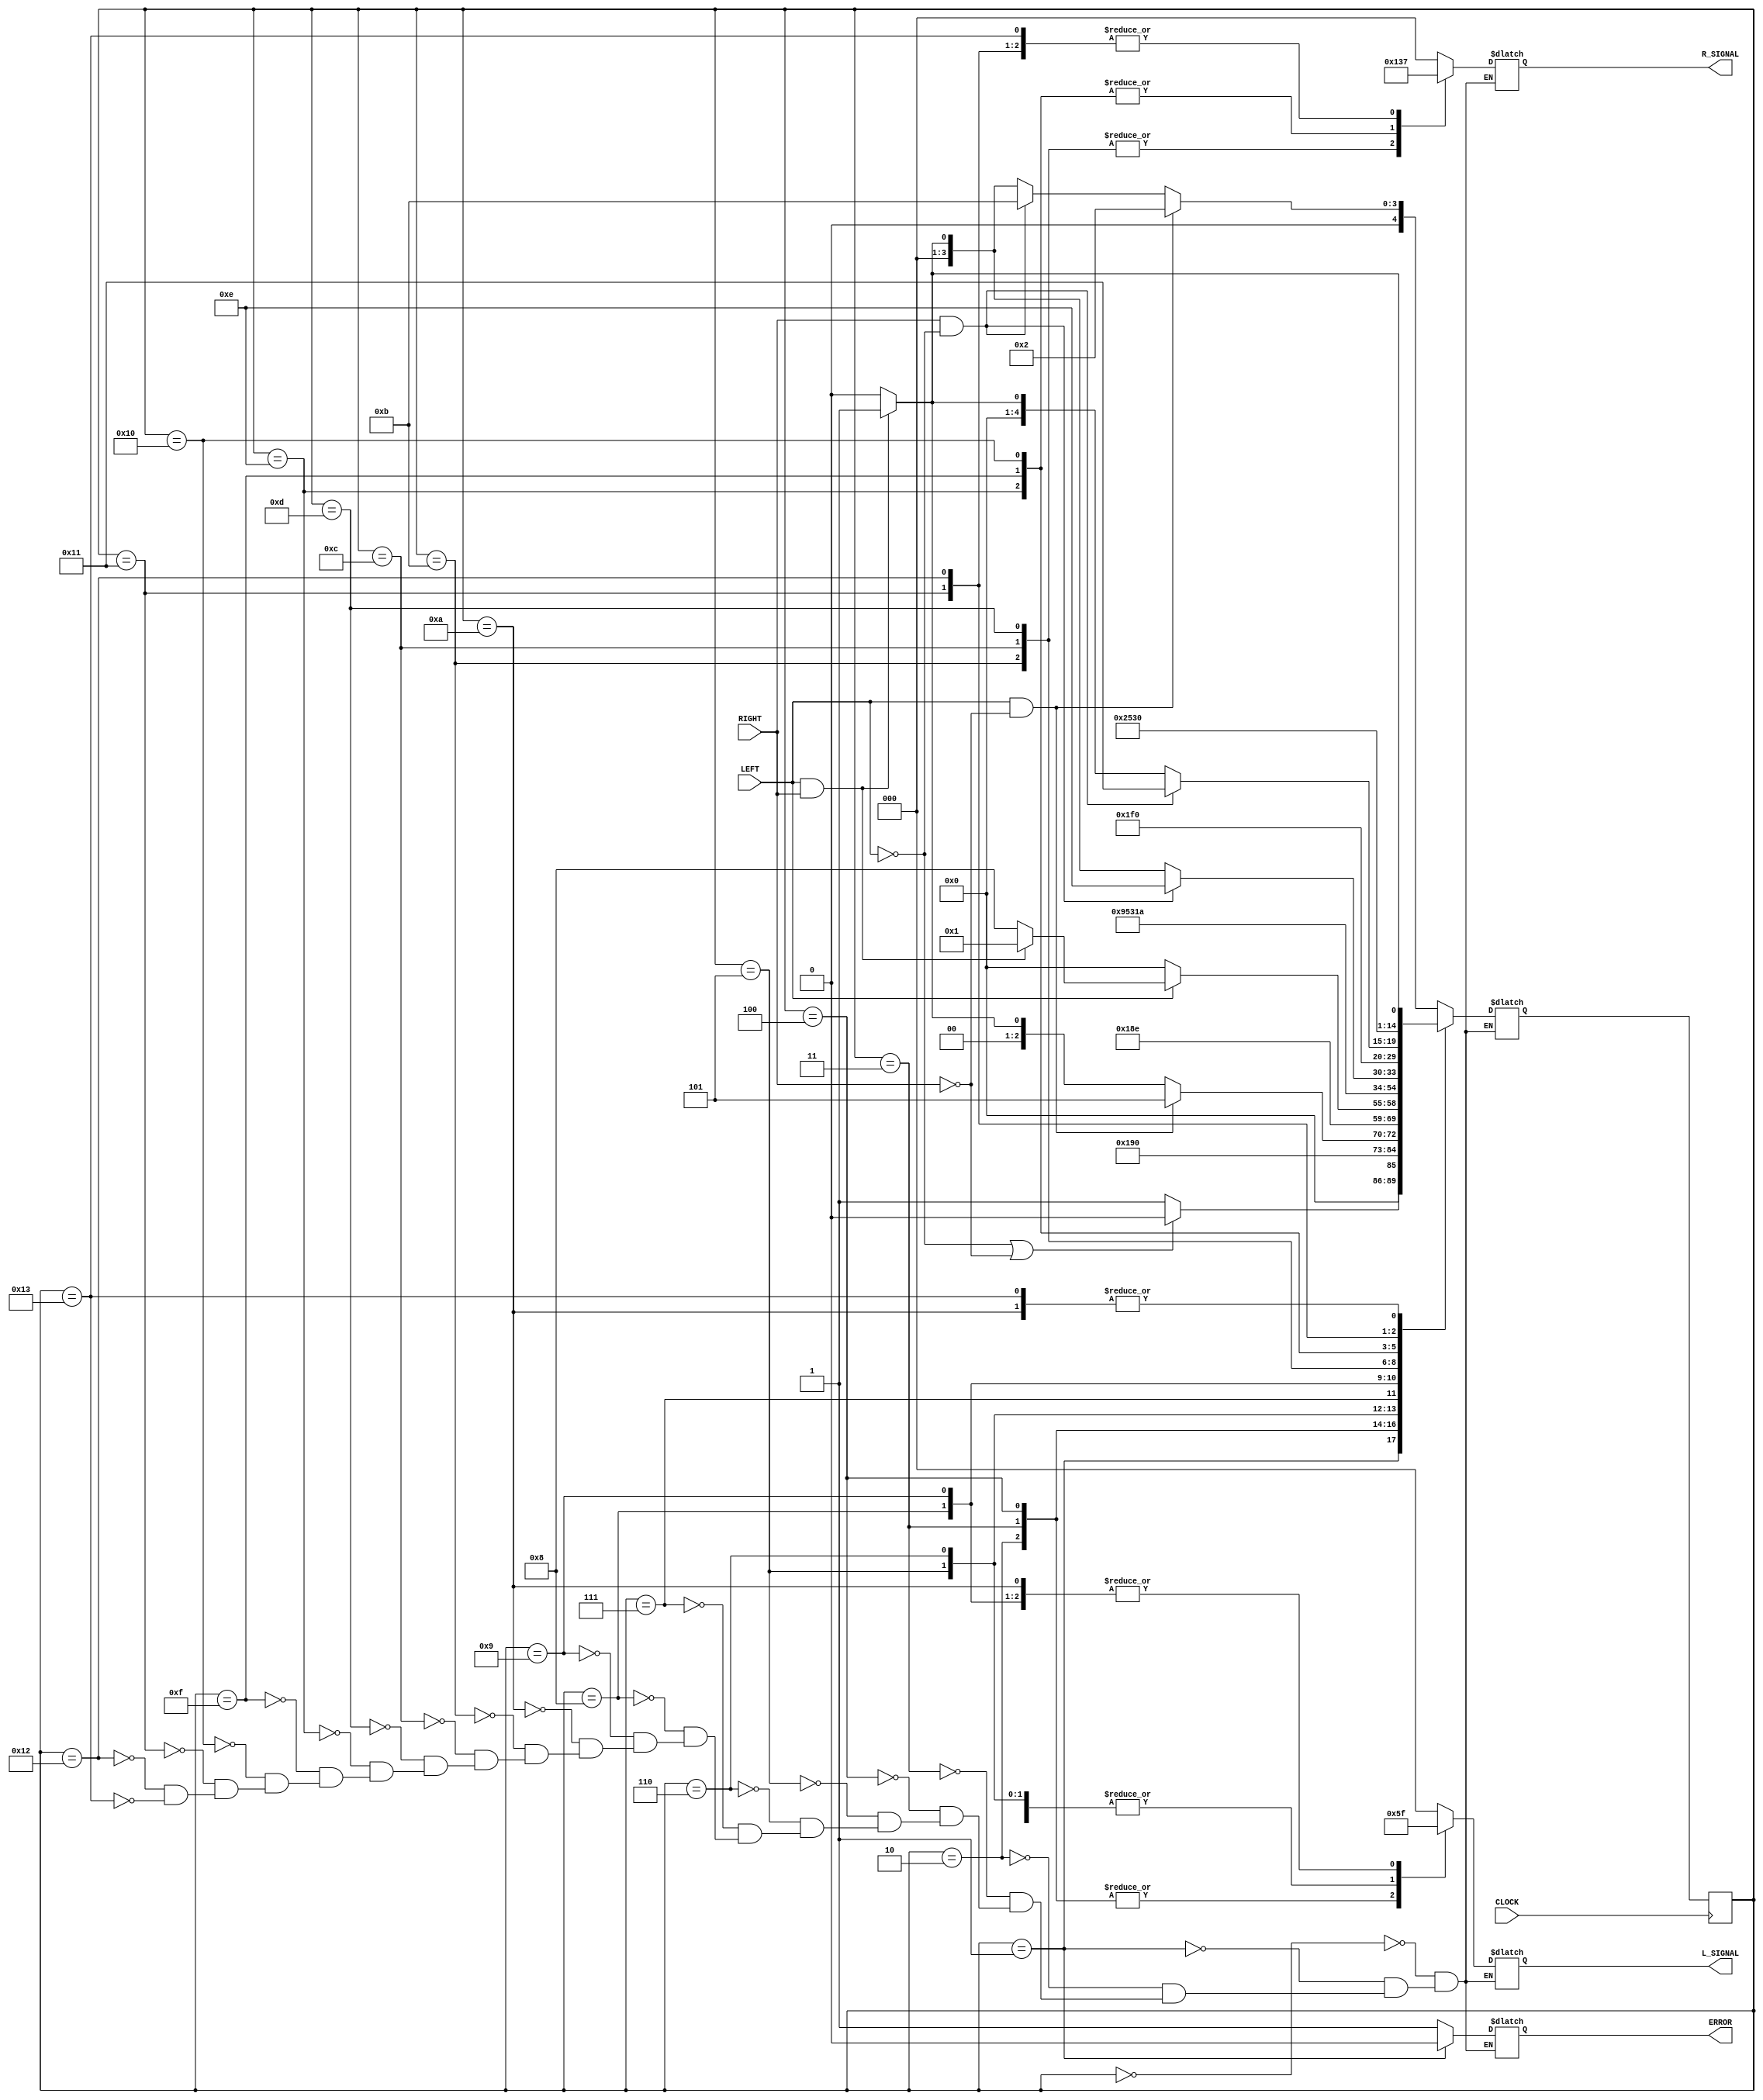
// jrg170
// vxs182
module Turn_Signal_Machine
		(
		
			input CLOCK,
			input LEFT,
			input RIGHT,
			
			output reg [ 2 : 0 ] L_SIGNAL,
			output reg [ 2 : 0 ] R_SIGNAL,
			output reg ERROR
		
		);
	
	
// States //
parameter idle = 0, err = 1, left1A = 2, left1B = 3, left1C = 4, left2A = 5, left2B = 6, left2C = 7, 
			 left3A = 8, left3B = 9, left3C = 10, right1A = 11, right1B = 12, right1C = 13, right2A = 14,
			 right2B = 15, right2C = 16, right3A = 17, right3B = 18, right3C = 19;

// Registers
reg [ 4: 0 ] state, next_state;

// Next state combinational logic

always @( * ) begin
	case (state)
		idle: // The initial state
			if (LEFT == 1 && RIGHT != 1) begin
				next_state <= left1A;
			end
			else if (RIGHT == 1 && LEFT != 1) begin
				next_state <= right1A;
			end
			else if (RIGHT == 1 && LEFT == 1) begin
				next_state <= err;
			end
			else begin
				next_state <= idle;
			end
		err: // The error state
			if (LEFT == 0 || RIGHT == 0) begin
				next_state <= idle;
			end
			else begin 
				next_state <= err;
			end
		left1A:
			next_state <= left1B;
		left1B:
			next_state <= left1C;
		left1C: // The first stage of the left turn signal cycle
			if (LEFT == 1 && RIGHT == 0) begin
				next_state <= left2A;
			end
			else if (LEFT == 1 && RIGHT == 1) begin
				next_state <= err;
			end
			else begin
				next_state <= idle;
			end
		left2A:
			next_state <= left2B;
		left2B:
			next_state <= left2C;
		left2C: // The second stage of the left turn signal cycle
			if (LEFT == 0) begin
				next_state <= idle;
			end
			else if (LEFT == 1 && RIGHT == 1) begin
				next_state <= err;
			end
			else begin
				next_state <= left3A;
			end
		left3A:
			next_state <= left3B;
		left3B:
			next_state <= left3C;
		left3C: // The final stage of the left turn signal cycle
			if (LEFT == 1 && RIGHT == 1) begin
				next_state <= err;
			end
			else begin
				next_state <= idle;
			end
		right1A:
			next_state <= right1B;
		right1B:
			next_state <= right1C;
		right1C: // The first stage of the right turn signal cycle
			if (RIGHT == 1 && LEFT != 1) begin
				next_state <= right2A;
			end
			else if (LEFT == 1 && RIGHT == 1) begin
				next_state <= err;
			end
			else begin
				next_state <= idle;
			end
		right2A:
			next_state <= right2B;
		right2B:
			next_state <= right2C;
		right2C: // The second stage of the right turn signal cycle
			if (RIGHT == 1 && LEFT != 1) begin
				next_state <= right3A;
			end
			else if (LEFT == 1 && RIGHT == 1) begin
				next_state <= err;
			end
			else begin
				next_state <= idle;
			end
		right3A:
			next_state <= right3B;
		right3B:
			next_state <= right3C;
		right3C: // The last stage of the right turn signal cycle
				if (LEFT == 1 && RIGHT == 1) begin
					next_state <= err;
				end
				else begin
					next_state <= idle;
				end
	endcase
end

// Output combinational logic

always @ ( * ) begin
	case (state)
		idle: begin
			L_SIGNAL <= 3'b000;
			R_SIGNAL <= 3'b000;
			ERROR <= 1;
		end
		err: begin
			L_SIGNAL <= 3'b000;
			R_SIGNAL <= 3'b000;
			ERROR <= 0;
		end
		left1A: begin
			L_SIGNAL <= 3'b001;
			R_SIGNAL <= 3'b000;
			ERROR <= 1;
		end
		left1B: begin
			L_SIGNAL <= 3'b001;
			R_SIGNAL <= 3'b000;
			ERROR <= 1;
		end
		left1C: begin
			L_SIGNAL <= 3'b001;
			R_SIGNAL <= 3'b000;
			ERROR <= 1;
		end
		left2A: begin
			L_SIGNAL <= 3'b011;
			R_SIGNAL <= 3'b000;
			ERROR <= 1;
		end
		left2B: begin
			L_SIGNAL <= 3'b011;
			R_SIGNAL <= 3'b000;
			ERROR <= 1;
		end
		left2C: begin
			L_SIGNAL <= 3'b011;
			R_SIGNAL <= 3'b000;
			ERROR <= 1;
		end
		left3A: begin
			L_SIGNAL <= 3'b111;
			R_SIGNAL <= 3'b000;
			ERROR <= 1;
		end
		left3B: begin
			L_SIGNAL <= 3'b111;
			R_SIGNAL <= 3'b000;
			ERROR <= 1;
		end
		left3C: begin
			L_SIGNAL <= 3'b111;
			R_SIGNAL <= 3'b000;
			ERROR <= 1;
		end
		right1A: begin
			R_SIGNAL <= 3'b100;
			L_SIGNAL <= 3'b000;
			ERROR <= 1;
		end
		right1B: begin
			R_SIGNAL <= 3'b100;
			L_SIGNAL <= 3'b000;
			ERROR <= 1;
		end
		right1C: begin
			R_SIGNAL <= 3'b100;
			L_SIGNAL <= 3'b000;
			ERROR <= 1;
		end
		right2A: begin
			R_SIGNAL <= 3'b110;
			L_SIGNAL <= 3'b000;
			ERROR <= 1;
		end
		right2B: begin
			R_SIGNAL <= 3'b110;
			L_SIGNAL <= 3'b000;
			ERROR <= 1;
		end
		right2C: begin
			R_SIGNAL <= 3'b110;
			L_SIGNAL <= 3'b000;
			ERROR <= 1;
		end
		right3A: begin
			R_SIGNAL <= 3'b111;
			L_SIGNAL <= 3'b000;
			ERROR <= 1;
		end
		right3B: begin
			R_SIGNAL <= 3'b111;
			L_SIGNAL <= 3'b000;
			ERROR <= 1;
		end
		right3C: begin
			R_SIGNAL <= 3'b111;
			L_SIGNAL <= 3'b000;
			ERROR <= 1;
		end
	endcase
end

// State transition logic

always @(posedge CLOCK) begin
	state <= next_state;
end

endmodule